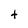
Character: t